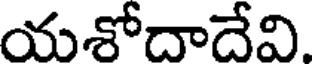
యశోదాదేవి.